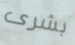
بشرى